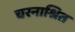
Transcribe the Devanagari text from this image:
चरनाश्रित